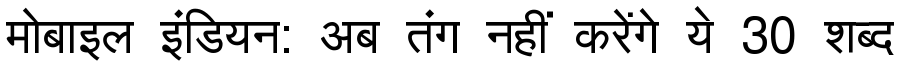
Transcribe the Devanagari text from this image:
मोबाइल इंडियन: अब तंग नहीं करेंगे ये 30 शब्द